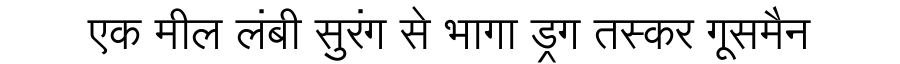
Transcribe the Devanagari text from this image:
एक मील लंबी सुरंग से भागा ड्रग तस्कर गूसमैन